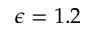
\epsilon = 1 . 2